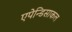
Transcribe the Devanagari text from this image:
एपेन्डिसाकल